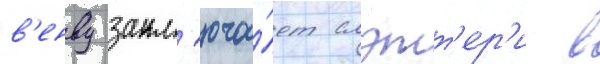
в'енву закл'юча́ет слэтт'ер'и в